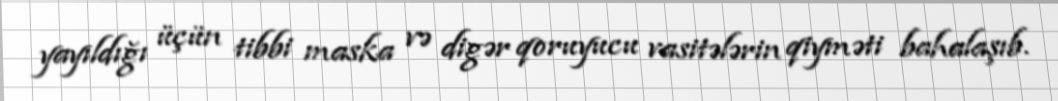
yayıldığı üçün tibbi maska və digər qoruyucu vasitələrin qiyməti bahalaşıb.